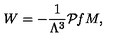
W = - \frac { 1 } { \Lambda ^ { 3 } } { \cal P } { \it f } M ,